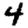
Digit: 4